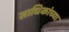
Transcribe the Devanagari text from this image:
साधिकांच्या